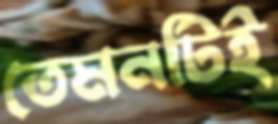
তেমনটিই